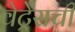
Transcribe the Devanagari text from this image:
वेट्रेसची